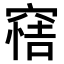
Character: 𥦿